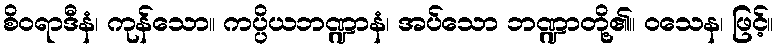
စိဝရာဒီနံ၊ ကုန်သော။ ကပ္ပိယဘဏ္ဍာနံ၊ အပ်သော ဘဏ္ဍာတို့၏။ ဝသေန၊ ဖြင့်။